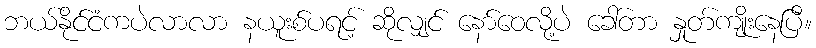
ဘယ်နိုင်ငံကပဲလာလာ နယူးစ်ပရင့် ဆိုလျှင် နော်ဝေလို့ပဲ ခေါ်တာ နှုတ်ကျိုးနေပြီ။